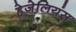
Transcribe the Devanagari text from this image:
हेजेलियंस